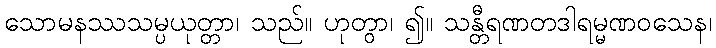
သောမနဿသမ္ပယုတ္တာ၊ သည်။ ဟုတွာ၊ ၍။ သန္တီရဏတဒါရမ္မဏဝသေန၊